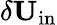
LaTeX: \delta{\mathbf{U}}_{\mathrm{{in}}}